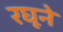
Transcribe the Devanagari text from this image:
रघूने